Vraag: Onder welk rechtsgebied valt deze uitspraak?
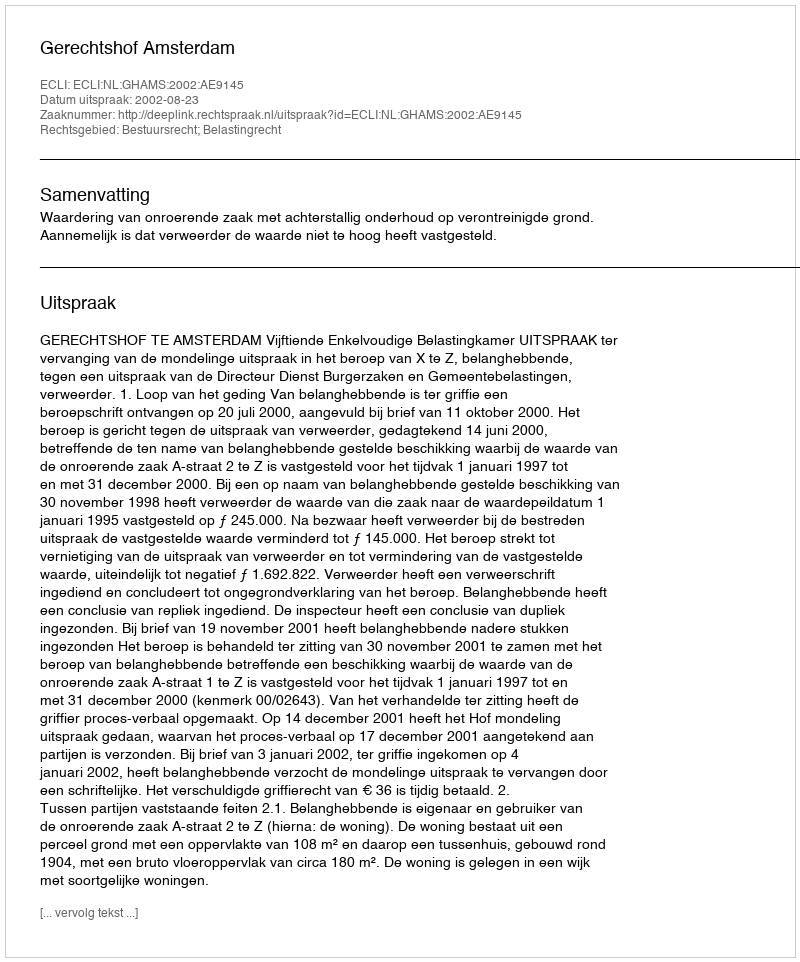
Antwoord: Bestuursrecht; Belastingrecht